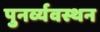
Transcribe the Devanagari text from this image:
पुनर्व्यवस्थन